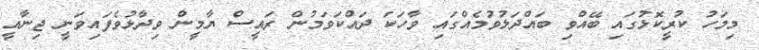
މިމަހު ކުރީކޮޅުގައި ބޭއްވި ބައްދަލުވުމެއްގައި ވާހަކަ ދައްކަވަމުން ރައީސް ޔާމީން ވިދާޅުވެފައިވަނީ ޖިނާއީ